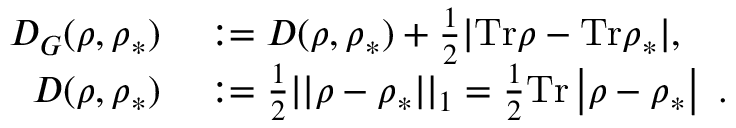
\begin{array} { r l } { D _ { G } ( \rho , \rho _ { \ast } ) } & { { } : = D ( \rho , \rho _ { \ast } ) + \frac { 1 } { 2 } | \mathrm { T r } \rho - \mathrm { T r } \rho _ { \ast } | , } \\ { D ( \rho , \rho _ { \ast } ) } & { { } : = \frac { 1 } { 2 } | | \rho - \rho _ { \ast } | | _ { 1 } = \frac { 1 } { 2 } \mathrm { T r } \left\vert \rho - \rho _ { \ast } \right\vert ~ . } \end{array}